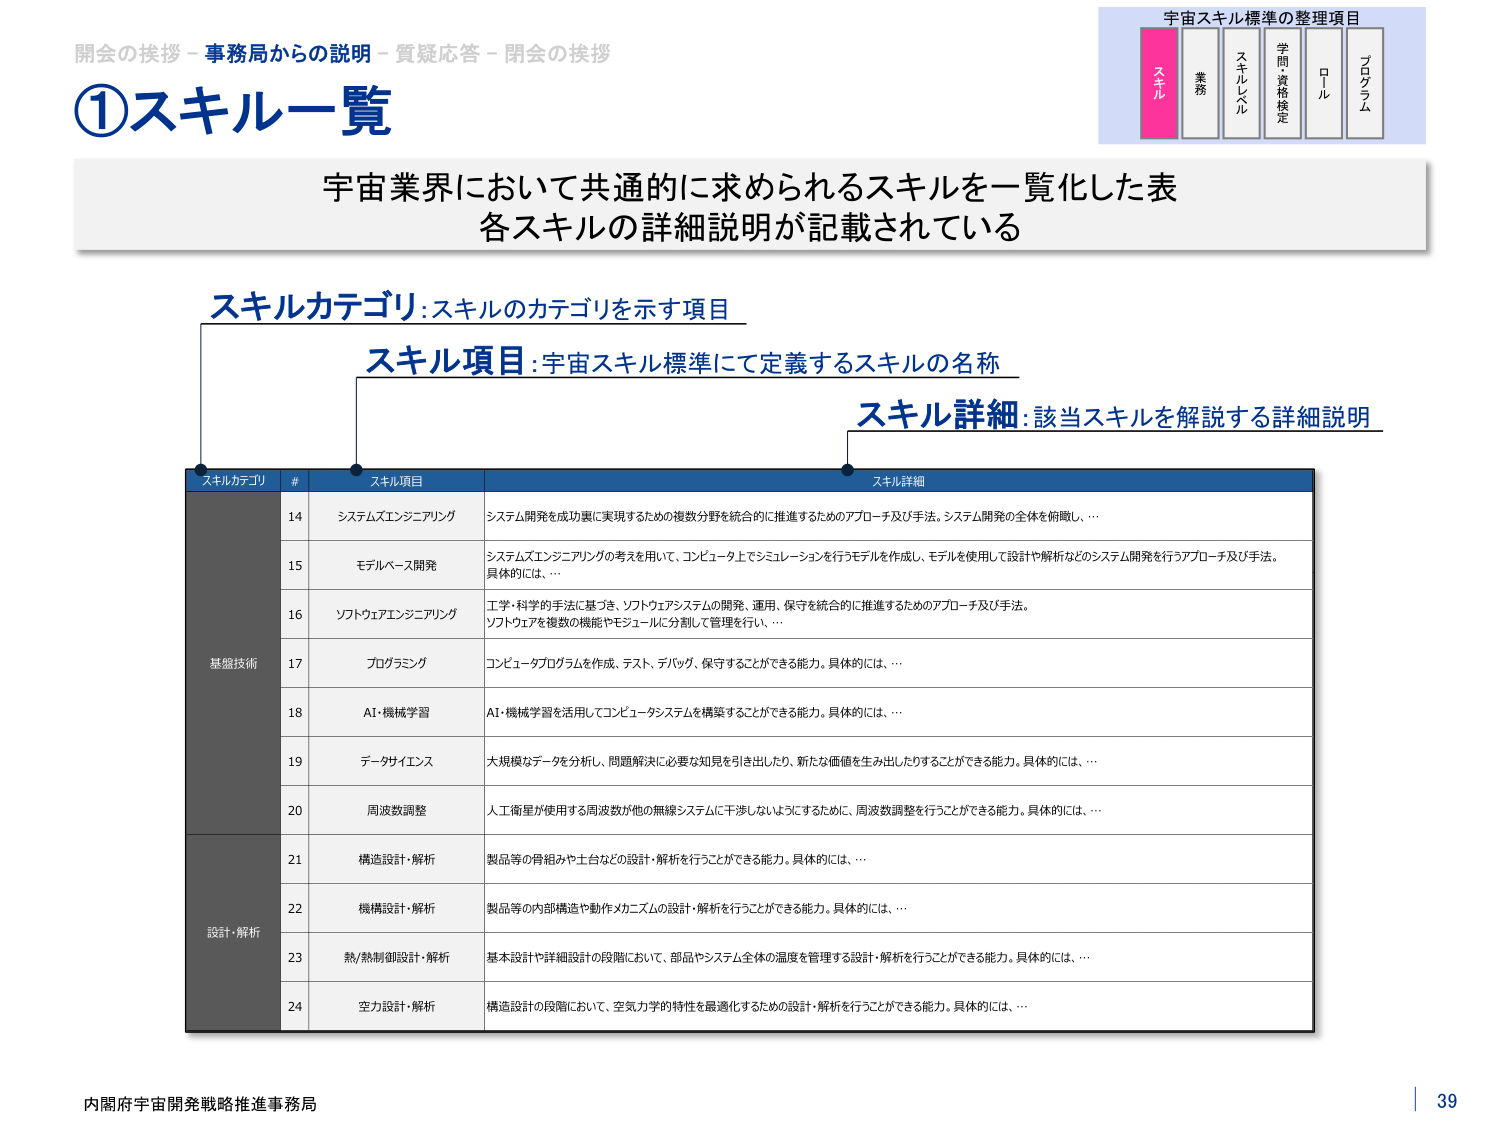
開会の挨拶 - 事務局からの説明 - 質疑応答 - 閉会の挨拶

①スキル一覧

宇宙業界において共通的に求められるスキルを一覧化した表
各スキルの詳細説明が記載されている

スキルカテゴリ: スキルのカテゴリを示す項目
スキル項目: 宇宙スキル標準にて定義するスキルの名称
スキル詳細: 該当スキルを解説する詳細説明

宇宙スキル標準の整理項目
スキル　業務　スキルレベル　学問・資格検定　ロール　プログラム

スキルカテゴリ　#　スキル項目　スキル詳細

基礎技術
14　システムズエンジニアリング　システム開発を成功裏に実現するための複数分野を統合的に推進するためのアプローチ及び手法。システム開発の全体を俯瞰し、…
15　モデルベース開発　システムズエンジニアリングの考えを用いて、コンピュータ上でシミュレーションを行うモデルを作成し、モデルを使用して設計や解析などのシステム開発を行うアプローチ及び手法。具体的には、…
16　ソフトウェアエンジニアリング　工学・科学的手法に基づき、ソフトウェアシステムの開発、運用、保守を統合的に推進するためのアプローチ及び手法。ソフトウェアを複数の機能やモジュールに分割して管理を行い、…
17　プログラミング　コンピュータプログラムを作成、テスト、デバッグ、保守することができる能力。具体的には、…
18　AI・機械学習　AI・機械学習を活用してコンピュータシステムを構築することができる能力。具体的には、…
19　データサイエンス　大規模なデータを分析し、問題解決に必要な知見を引き出したり、新たな価値を生み出したりすることができる能力。具体的には、…
20　周波数調整　人工衛星が使用する周波数が他の無線システムに干渉しないようにするために、周波数調整を行うことができる能力。具体的には、…
設計・解析
21　構造設計・解析　製品等の骨組みや土台などの設計・解析を行うことができる能力。具体的には、…
22　機構設計・解析　製品等の内部構造や動作メカニズムの設計・解析を行うことができる能力。具体的には、…
23　熱/熱制御設計・解析　基本設計や詳細設計の段階において、部品やシステム全体の温度を管理する設計・解析を行うことができる能力。具体的には、…
24　空力設計・解析　構造設計の段階において、空気力学的特性を最適化するための設計・解析を行うことができる能力。具体的には、…

内閣府宇宙開発戦略推進事務局
39